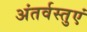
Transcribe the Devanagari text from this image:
अंतर्वस्तुएं